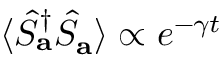
\langle \hat { S } _ { \mathbf { a } } ^ { \dagger } \hat { S } _ { \mathbf { a } } \rangle \propto e ^ { - \gamma t }